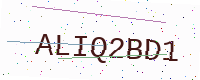
Text: ALIQ2BD1